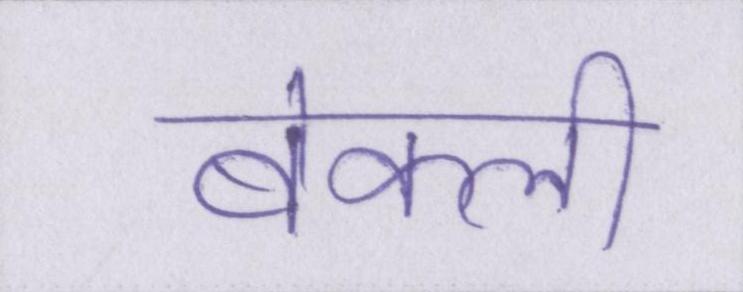
बेकली